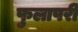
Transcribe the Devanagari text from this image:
फुलापरी